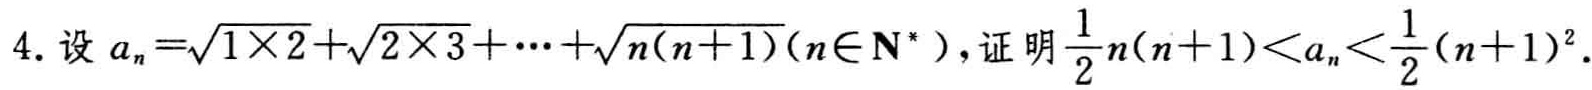
4. 设 \(a_{n}=\sqrt{1\times2}+\sqrt{2\times3}+\cdots+\sqrt{n(n + 1)}(n\in\mathbf{N}^{*})\)，证明\(\frac{1}{2}n(n + 1)\lt a_{n}\lt\frac{1}{2}(n + 1)^{2}\)。